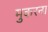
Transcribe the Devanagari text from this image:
मुकरना